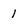
Character: 1